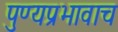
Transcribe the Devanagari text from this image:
पुण्यप्रभावाच